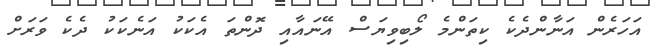
އަހަރެން އަނާންދެކެ ކިތަންމެ ލޯބިވިޔަސް އޭނައާއި ދޮންތަ އެކަކު އަނެކަކު ދެކެ ވަރަށް